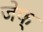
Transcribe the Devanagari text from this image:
जेफ्